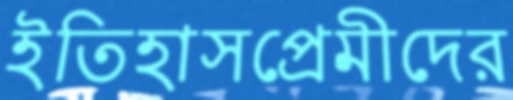
ইতিহাসপ্রেমীদের